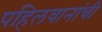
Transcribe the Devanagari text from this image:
पहिलवानांची